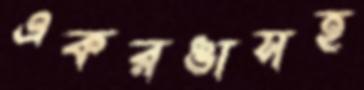
একরঙাসহ